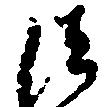
法